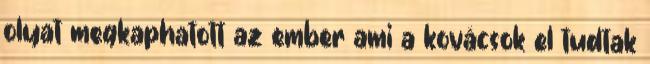
olyat megkaphatott az ember ami a kovácsok el tudtak